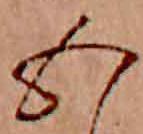
五